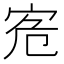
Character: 𡧭